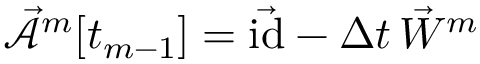
\mathcal { \vec { A } } ^ { m } [ t _ { m - 1 } ] = \vec { \mathrm { i d } } - \Delta t \, \vec { W } ^ { m }